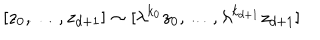
[ z _ { 0 } , \ldots , z _ { d + 1 } ] \sim [ \lambda ^ { k _ { 0 } } z _ { 0 } , \ldots , \lambda ^ { k _ { d + 1 } } z _ { d + 1 } ]